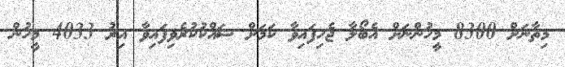
މިތާނަށް 8300 މީހުންނަށް އެބޯލާ ޖެހިފައިވާ ކަމަށް ޝައްކުކުރެވިފައިވާ އިރު 4033 މީހުން